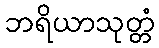
ဘရိယာသုတ္တံ